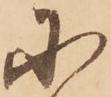
に